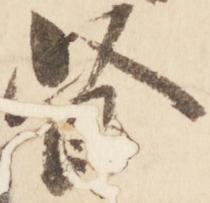
督